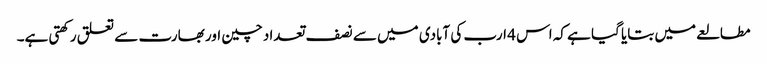
مطالعے میں بتایا گیا ہے کہ اس 4 ارب کی آبادی میں سے نصف تعداد چین اور بھارت سے تعلق رکھتی ہے۔